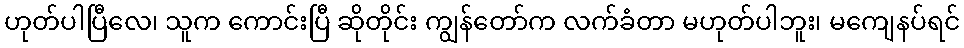
ဟုတ်ပါပြီလေ၊ သူက ကောင်းပြီ ဆိုတိုင်း ကျွန်တော်က လက်ခံတာ မဟုတ်ပါဘူး၊ မကျေနပ်ရင်